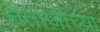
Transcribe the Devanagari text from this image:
नेताजीच्या